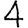
Digit: 4